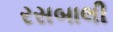
રસબાલી